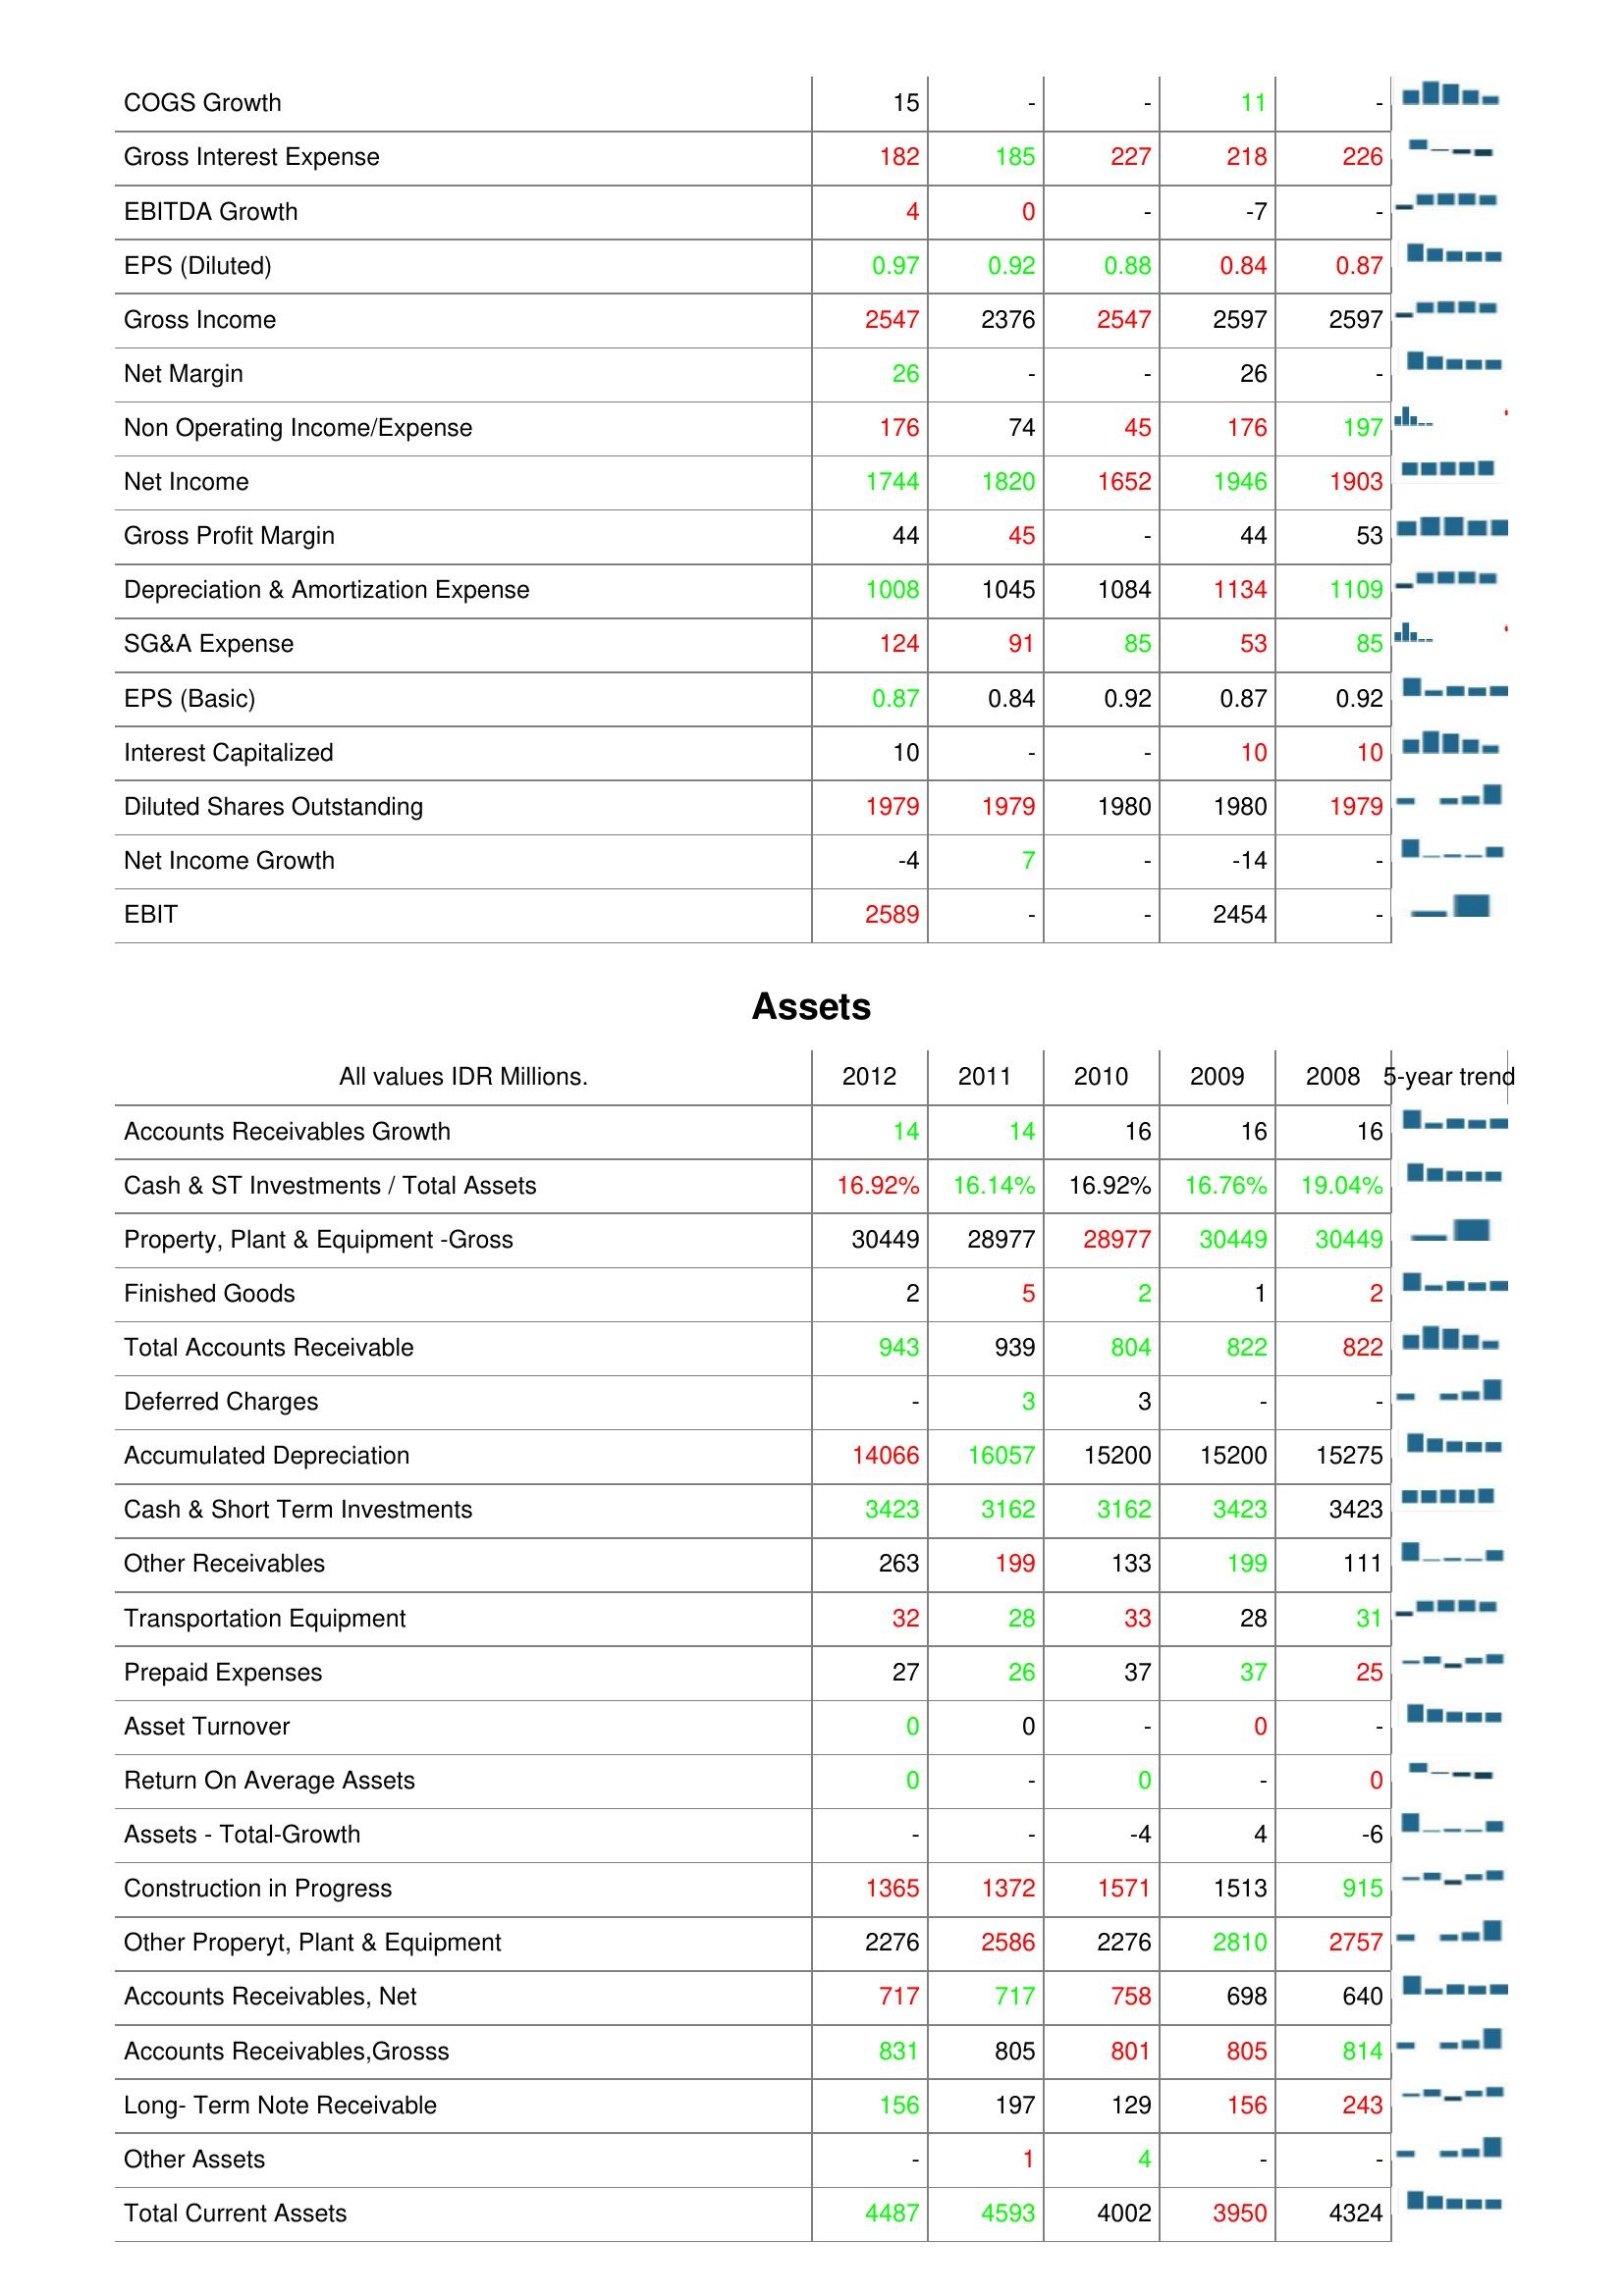
2012: : COGS Growth: 15
Gross Interest Expense: 182
EBITDA Growth: 4
EPS (Diluted): 0.97
Gross Income: 2547
Net Margin: 26
Non Operating Income/Expense: 176
Net Income: 1744
Gross Profit Margin: 44
Depreciation & Amortization Expense: 1008
SG&A Expense: 124
EPS (Basic): 0.87
Interest Capitalized: 10
Diluted Shares Outstanding: 1979
Net Income Growth: -4
EBIT: 2589
Assets: Accounts Receivables Growth: 14
Cash & ST Investments / Total Assets: 16.92%
Property, Plant & Equipment -Gross: 30449
Finished Goods: 2
Total Accounts Receivable: 943
Deferred Charges: -
Accumulated Depreciation: 14066
Cash & Short Term Investments: 3423
Other Receivables: 263
Transportation Equipment: 32
Prepaid Expenses: 27
Asset Turnover: 0
Return On Average Assets: 0
Assets - Total-Growth: -
Construction in Progress: 1365
Other Properyt, Plant & Equipment: 2276
Accounts Receivables, Net: 717
Accounts Receivables,Grosss: 831
Long- Term Note Receivable: 156
Other Assets: -
Total Current Assets: 4487
2011: : COGS Growth: -
Gross Interest Expense: 185
EBITDA Growth: 0
EPS (Diluted): 0.92
Gross Income: 2376
Net Margin: -
Non Operating Income/Expense: 74
Net Income: 1820
Gross Profit Margin: 45
Depreciation & Amortization Expense: 1045
SG&A Expense: 91
EPS (Basic): 0.84
Interest Capitalized: -
Diluted Shares Outstanding: 1979
Net Income Growth: 7
EBIT: -
Assets: Accounts Receivables Growth: 14
Cash & ST Investments / Total Assets: 16.14%
Property, Plant & Equipment -Gross: 28977
Finished Goods: 5
Total Accounts Receivable: 939
Deferred Charges: 3
Accumulated Depreciation: 16057
Cash & Short Term Investments: 3162
Other Receivables: 199
Transportation Equipment: 28
Prepaid Expenses: 26
Asset Turnover: 0
Return On Average Assets: -
Assets - Total-Growth: -
Construction in Progress: 1372
Other Properyt, Plant & Equipment: 2586
Accounts Receivables, Net: 717
Accounts Receivables,Grosss: 805
Long- Term Note Receivable: 197
Other Assets: 1
Total Current Assets: 4593
2010: : COGS Growth: -
Gross Interest Expense: 227
EBITDA Growth: -
EPS (Diluted): 0.88
Gross Income: 2547
Net Margin: -
Non Operating Income/Expense: 45
Net Income: 1652
Gross Profit Margin: -
Depreciation & Amortization Expense: 1084
SG&A Expense: 85
EPS (Basic): 0.92
Interest Capitalized: -
Diluted Shares Outstanding: 1980
Net Income Growth: -
EBIT: -
Assets: Accounts Receivables Growth: 16
Cash & ST Investments / Total Assets: 16.92%
Property, Plant & Equipment -Gross: 28977
Finished Goods: 2
Total Accounts Receivable: 804
Deferred Charges: 3
Accumulated Depreciation: 15200
Cash & Short Term Investments: 3162
Other Receivables: 133
Transportation Equipment: 33
Prepaid Expenses: 37
Asset Turnover: -
Return On Average Assets: 0
Assets - Total-Growth: -4
Construction in Progress: 1571
Other Properyt, Plant & Equipment: 2276
Accounts Receivables, Net: 758
Accounts Receivables,Grosss: 801
Long- Term Note Receivable: 129
Other Assets: 4
Total Current Assets: 4002
2009: : COGS Growth: 11
Gross Interest Expense: 218
EBITDA Growth: -7
EPS (Diluted): 0.84
Gross Income: 2597
Net Margin: 26
Non Operating Income/Expense: 176
Net Income: 1946
Gross Profit Margin: 44
Depreciation & Amortization Expense: 1134
SG&A Expense: 53
EPS (Basic): 0.87
Interest Capitalized: 10
Diluted Shares Outstanding: 1980
Net Income Growth: -14
EBIT: 2454
Assets: Accounts Receivables Growth: 16
Cash & ST Investments / Total Assets: 16.76%
Property, Plant & Equipment -Gross: 30449
Finished Goods: 1
Total Accounts Receivable: 822
Deferred Charges: -
Accumulated Depreciation: 15200
Cash & Short Term Investments: 3423
Other Receivables: 199
Transportation Equipment: 28
Prepaid Expenses: 37
Asset Turnover: 0
Return On Average Assets: -
Assets - Total-Growth: 4
Construction in Progress: 1513
Other Properyt, Plant & Equipment: 2810
Accounts Receivables, Net: 698
Accounts Receivables,Grosss: 805
Long- Term Note Receivable: 156
Other Assets: -
Total Current Assets: 3950
2008: : COGS Growth: -
Gross Interest Expense: 226
EBITDA Growth: -
EPS (Diluted): 0.87
Gross Income: 2597
Net Margin: -
Non Operating Income/Expense: 197
Net Income: 1903
Gross Profit Margin: 53
Depreciation & Amortization Expense: 1109
SG&A Expense: 85
EPS (Basic): 0.92
Interest Capitalized: 10
Diluted Shares Outstanding: 1979
Net Income Growth: -
EBIT: -
Assets: Accounts Receivables Growth: 16
Cash & ST Investments / Total Assets: 19.04%
Property, Plant & Equipment -Gross: 30449
Finished Goods: 2
Total Accounts Receivable: 822
Deferred Charges: -
Accumulated Depreciation: 15275
Cash & Short Term Investments: 3423
Other Receivables: 111
Transportation Equipment: 31
Prepaid Expenses: 25
Asset Turnover: -
Return On Average Assets: 0
Assets - Total-Growth: -6
Construction in Progress: 915
Other Properyt, Plant & Equipment: 2757
Accounts Receivables, Net: 640
Accounts Receivables,Grosss: 814
Long- Term Note Receivable: 243
Other Assets: -
Total Current Assets: 4324